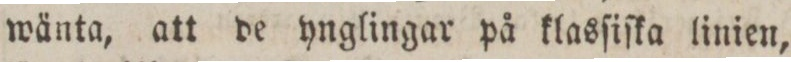
wänta, att de hnglingar på klasſiſka linien,